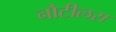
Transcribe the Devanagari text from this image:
नौटीलस